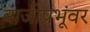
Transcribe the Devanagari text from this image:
बाजीप्रभूंवर